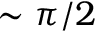
\sim \pi / 2